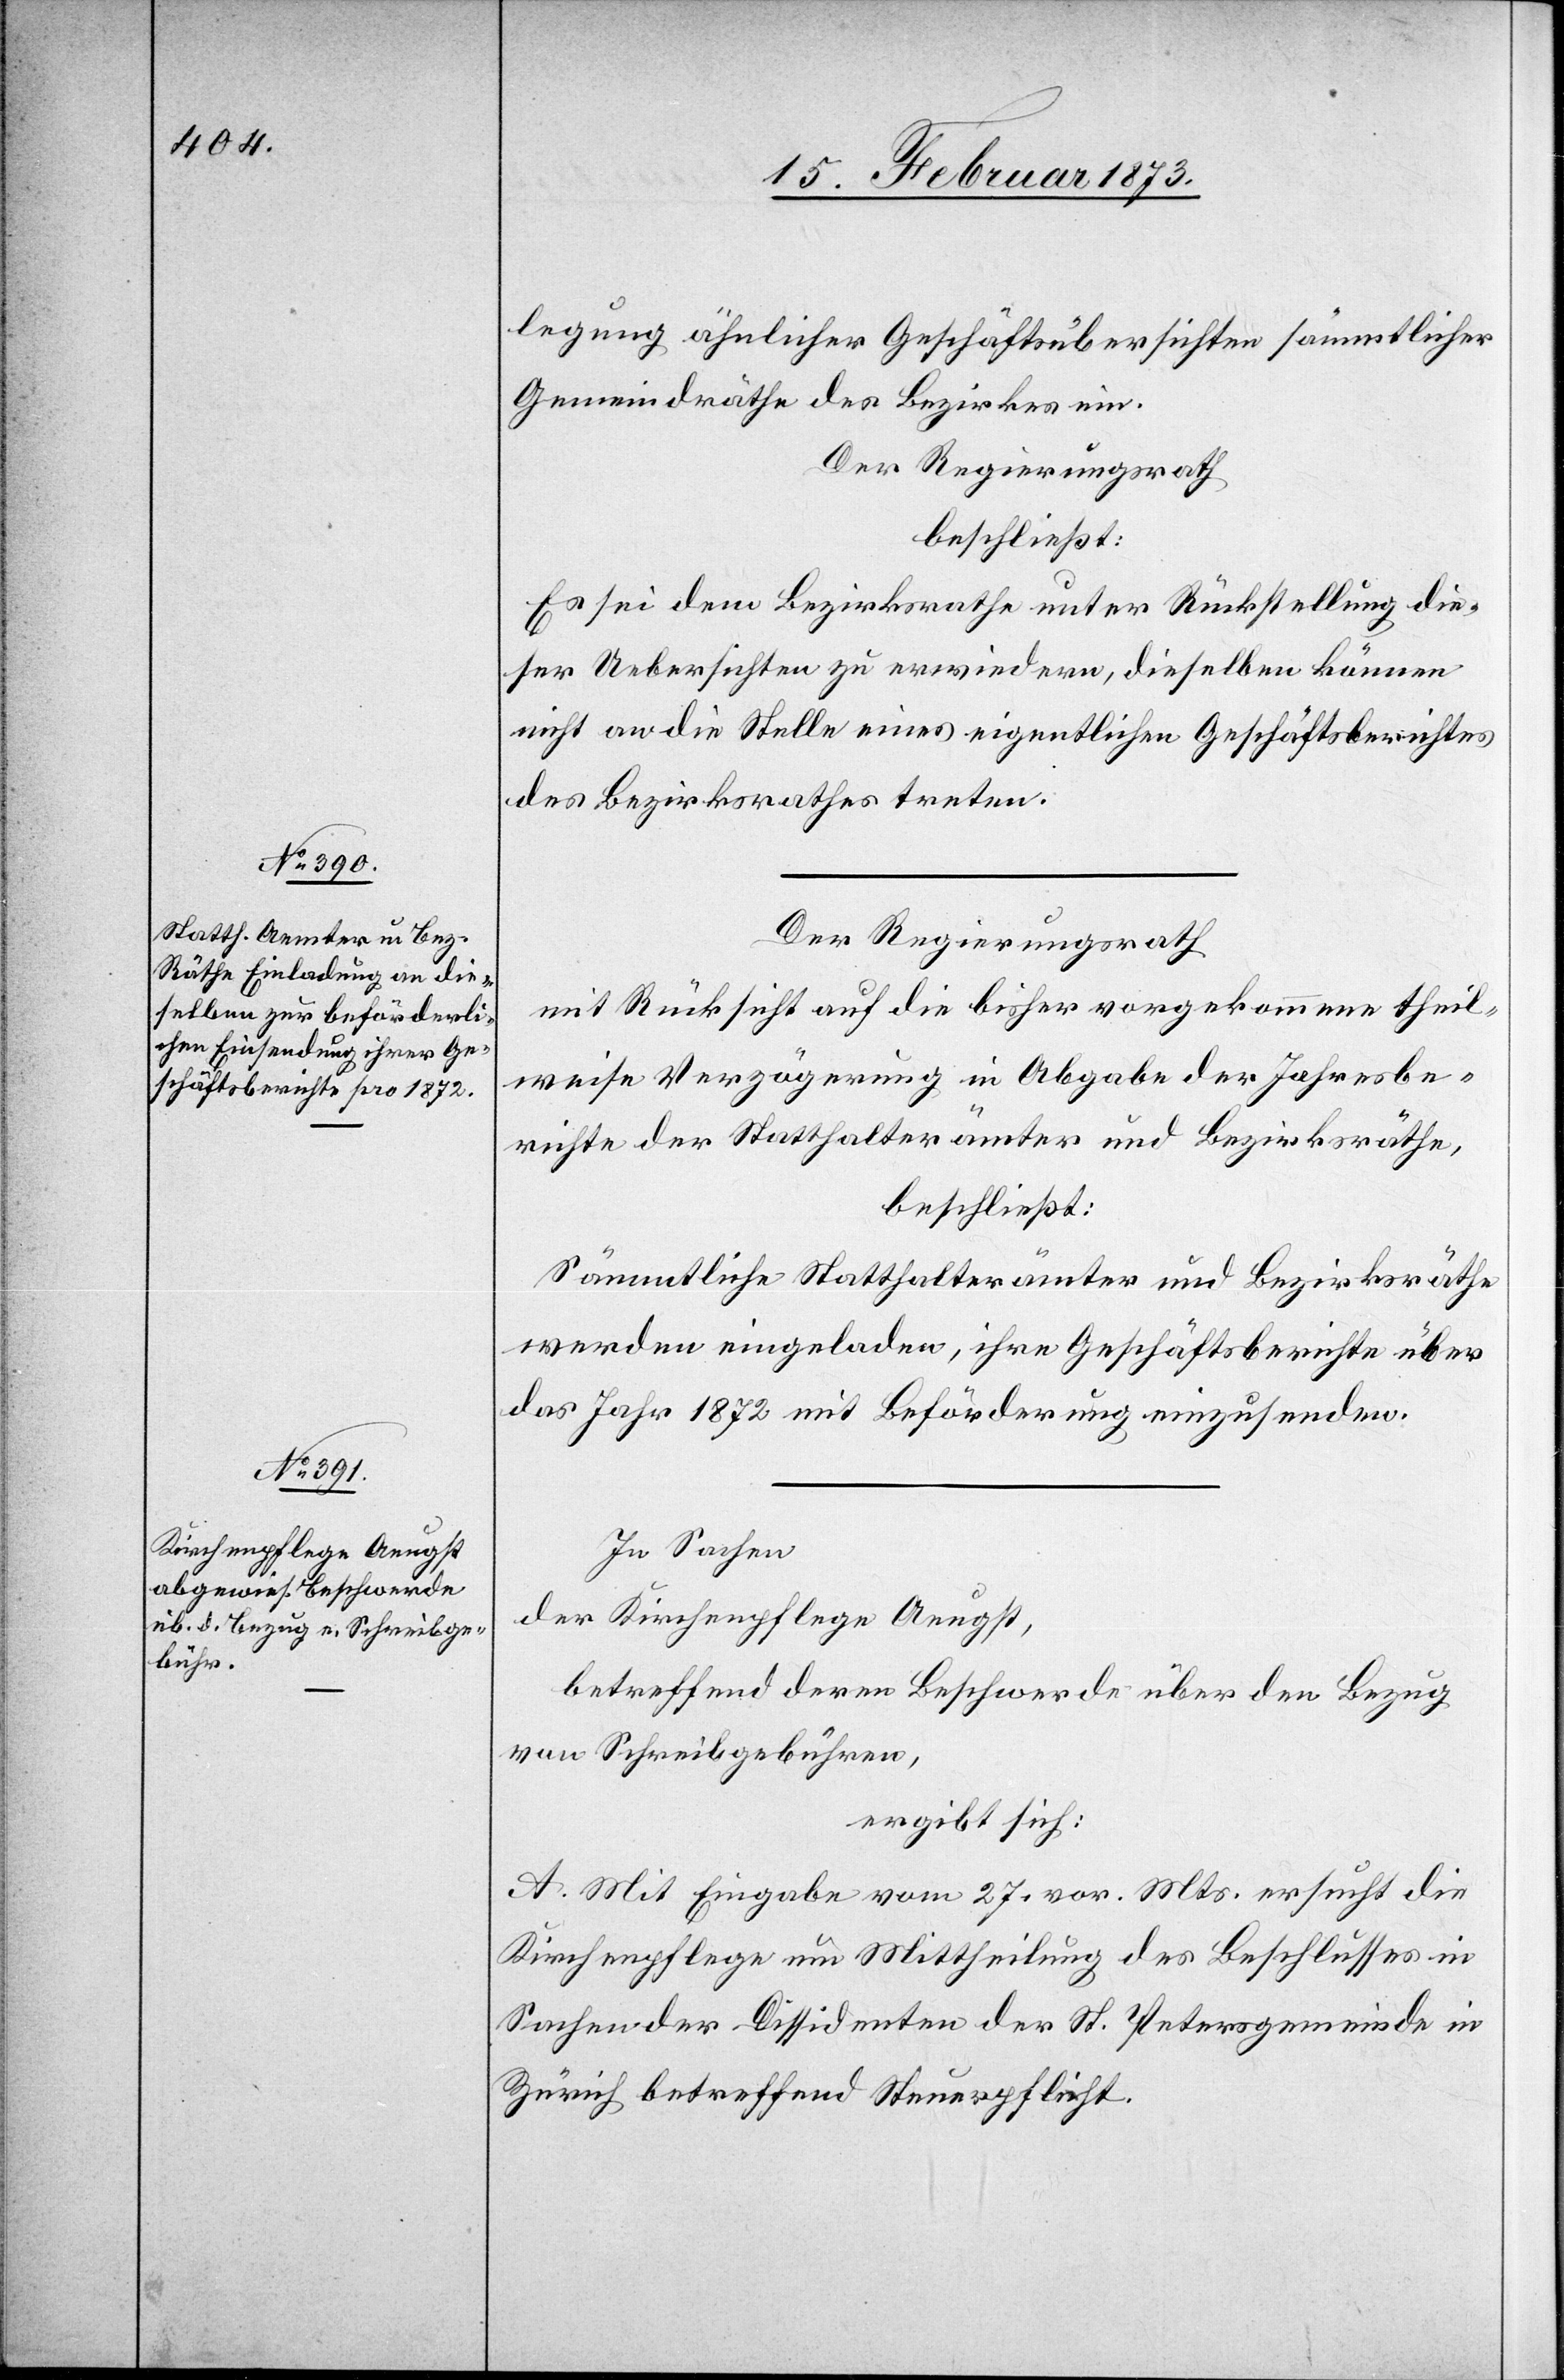
legung ähnlicher Geschäftsübersichten sämmtlicher
Gemeindräthe des Bezirkes ein.
Der Regierungsrath
beschließt:
Es sei dem Bezirksrathe unter Rückstellung die¬
ser Uebersichten zu erwiedern, dieselben können
nicht an die Stelle eines eigentlichen Geschäftsberichtes
des Bezirksrathes treten.
Der Regierungsrath
mit Rücksicht auf die bisher vorgekommene theil¬
weise Verzögerung in Abgabe der Jahresbe¬
richte der Statthalterämter und Bezirksräthe,
beschließt:
Sämmtliche Statthalterämter und Bezirksräthe
werden eingeladen, ihre Geschäftsberichte über
das Jahr 1872 mit Beförderung einzusenden.
In Sachen
der Kirchenpflege Aeugst,
betreffend deren Beschwerde über den Bezug
von Schreibgebühren,
ergibt sich:
A. Mit Eingabe vom 27. vor. Mts. ersucht die
Kirchenpflege um Mittheilung des Beschlusses in
Sachen der Dissidenten der St. Petersgemeinde in
Zürich betreffend Steuerpflicht.